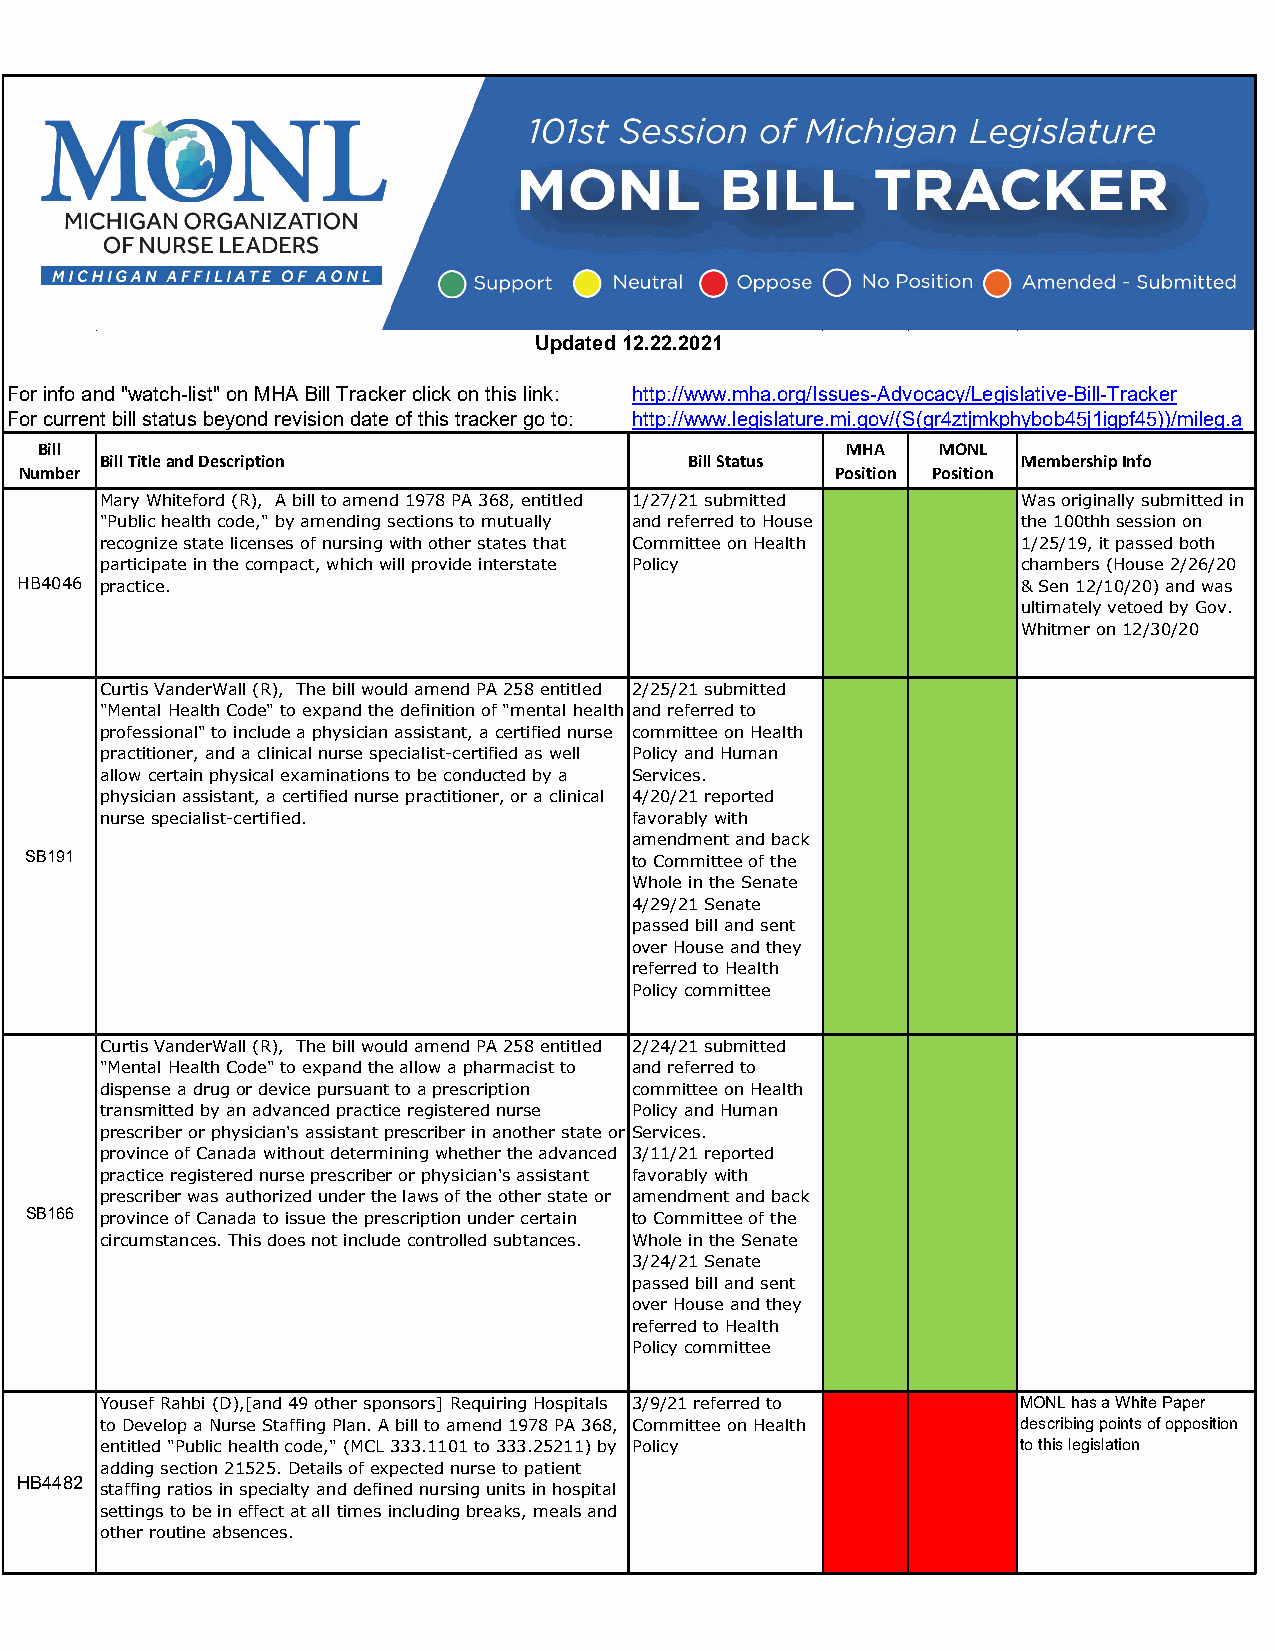
Updated 12.22.2021
 For info and "watch-list" on MHA Bill Tracker click on this link: http://www.mha.org/Issues-Advocacy/Legislative-Bill-Tracker
 For current bill status beyond revision date of this tracker go to: http://www.legislature.mi.gov/(S(gr4ztjmkphybob45j1igpf45))/mileg.a
 Bill                                                 MHA   MONL
 Bill Title and Description             Bill Status           Membership Info
 Number                                                Position Position
 Mary Whiteford (R), A bill to amend 1978 PA 368, entitled 1/27/21 submitted Was originally submitted in
 "Public health code," by amending sections to mutually and referred to House the 100thh session on
 recognize state licenses of nursing with other states that Committee on Health 1/25/19, it passed both
 participate in the compact, which will provide interstate Policy chambers (House 2/26/20
 HB4046 practice.                                                   & Sen 12/10/20) and was
 ultimately vetoed by Gov.
 Whitmer on 12/30/20
 Curtis VanderWall (R), The bill would amend PA 258 entitled 2/25/21 submitted
 "Mental Health Code" to expand the definition of "mental health and referred to
 professional" to include a physician assistant, a certified nurse committee on Health
 practitioner, and a clinical nurse specialist-certified as well Policy and Human
 allow certain physical examinations to be conducted by a Services.
 physician assistant, a certified nurse practitioner, or a clinical 4/20/21 reported
 nurse specialist-certified.        favorably with
 amendment and back
 SB191                                   to Committee of the
 Whole in the Senate
 4/29/21 Senate
 passed bill and sent
 over House and they
 referred to Health
 Policy committee
 Curtis VanderWall (R), The bill would amend PA 258 entitled 2/24/21 submitted
 "Mental Health Code" to expand the allow a pharmacist to and referred to
 dispense a drug or device pursuant to a prescription committee on Health
 transmitted by an advanced practice registered nurse Policy and Human
 prescriber or physician's assistant prescriber in another state or Services.
 province of Canada without determining whether the advanced 3/11/21 reported
 practice registered nurse prescriber or physician's assistant favorably with
 prescriber was authorized under the laws of the other state or amendment and back
 SB166 province of Canada to issue the prescription under certain to Committee of the
 circumstances. This does not include controlled subtances. Whole in the Senate
 3/24/21 Senate
 passed bill and sent
 over House and they
 referred to Health
 Policy committee
 Yousef Rahbi (D),[and 49 other sponsors] Requiring Hospitals 3/9/21 referred to MONL has a White Paper
 to Develop a Nurse Staffing Plan. A bill to amend 1978 PA 368, Committee on Health describing points of opposition
 entitled "Public health code," (MCL 333.1101 to 333.25211) by Policy to this legislation
 adding section 21525. Details of expected nurse to patient
 HB4482
 staffing ratios in specialty and defined nursing units in hospital
 settings to be in effect at all times including breaks, meals and
 other routine absences.